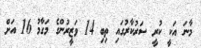
މާނަ އަކީ ކުރީ ސަރުކާރުގައި ތިބި 14 ވަޒީރުންގެ މަގާމު 16 އަށް